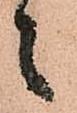
々